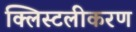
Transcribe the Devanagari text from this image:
क्लिस्टलीकरण